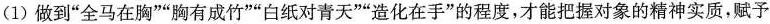
（1）做到“全马在胸”“胸有成竹”“白纸对青天”“造化在手”的程度，才能把握对象的精神实质，赋予